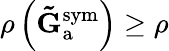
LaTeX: \rho\left(\mathbf{\tilde{G}}_{\mathrm{a}}^{\mathrm{sym}}\right)\geq\rho